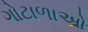
ગોટાળાઓ